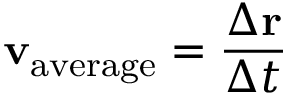
\mathbf { v } _ { \mathrm { a v e r a g e } } = { \frac { \Delta \mathbf { r } } { \Delta t } }